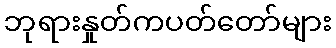
ဘုရားနှုတ်ကပတ်တော်များ